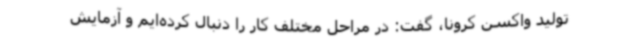
تولید واکسن کرونا، گفت: در مراحل مختلف کار را دنبال کرده‌ایم و آزمایش